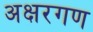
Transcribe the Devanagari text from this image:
अक्षरगण